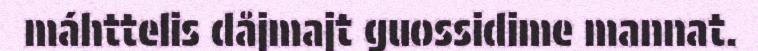
máhttelis dåjmajt guossidime mannat.